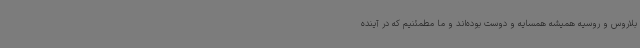
بلاروس و روسیه همیشه همسایه و دوست بوده‌اند و ما مطمئنیم که در آینده